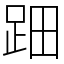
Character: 䟧